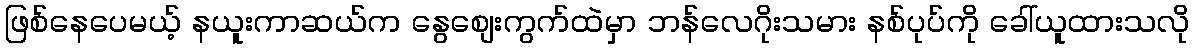
ဖြစ်နေပေမယ့် နယူးကာဆယ်က နွေစျေးကွက်ထဲမှာ ဘန်လေဂိုးသမား နစ်ပုပ်ကို ခေါ်ယူထားသလို